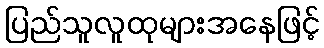
ပြည်သူလူထုများအနေဖြင့်